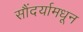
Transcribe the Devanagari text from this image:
सौंदर्यामधून